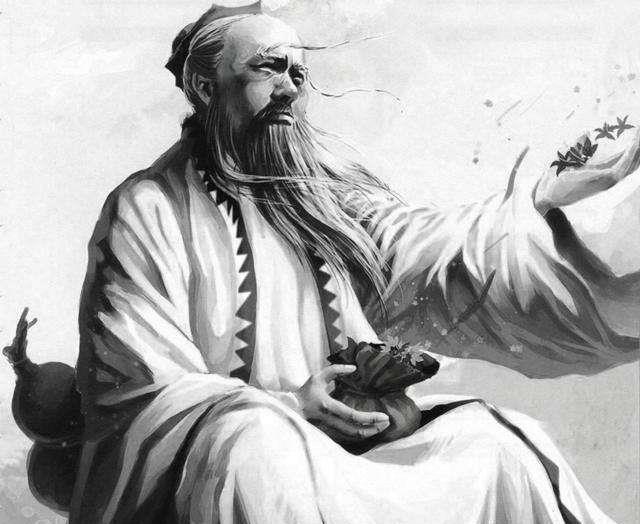
兵无常势，水无常形，能因敌变化而取胜者，谓之神。